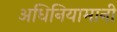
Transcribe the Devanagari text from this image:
अधिनियामानी